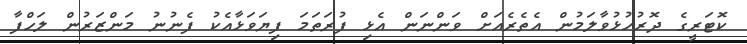
ކޮޓަރީގެ ދޮރުހުޅުވާލަމުން އެތެރެއަށް ވަންނަން އެޅި ފުރަތަމަ ފިޔަވަޅާއެކު ފެނުނު މަންޒަރުން ލަހްފާ